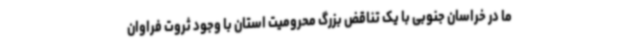
ما در خراسان جنوبی با یک تناقض بزرگ محرومیت استان با وجود ثروت فراوان